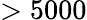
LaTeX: >5000